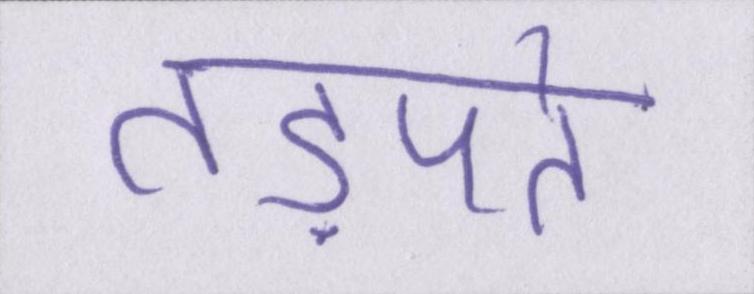
तड़पते